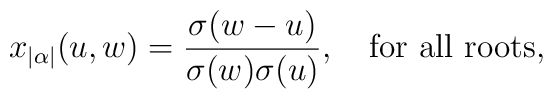
x_{|\alpha|}(u,w) = {\sigma(w-u)   \over{\sigma(w)   \sigma(u)}}, \quad \mbox{for all roots},